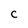
Character: C